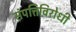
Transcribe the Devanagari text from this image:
संपत्तिविरोधी